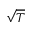
\sqrt { T }